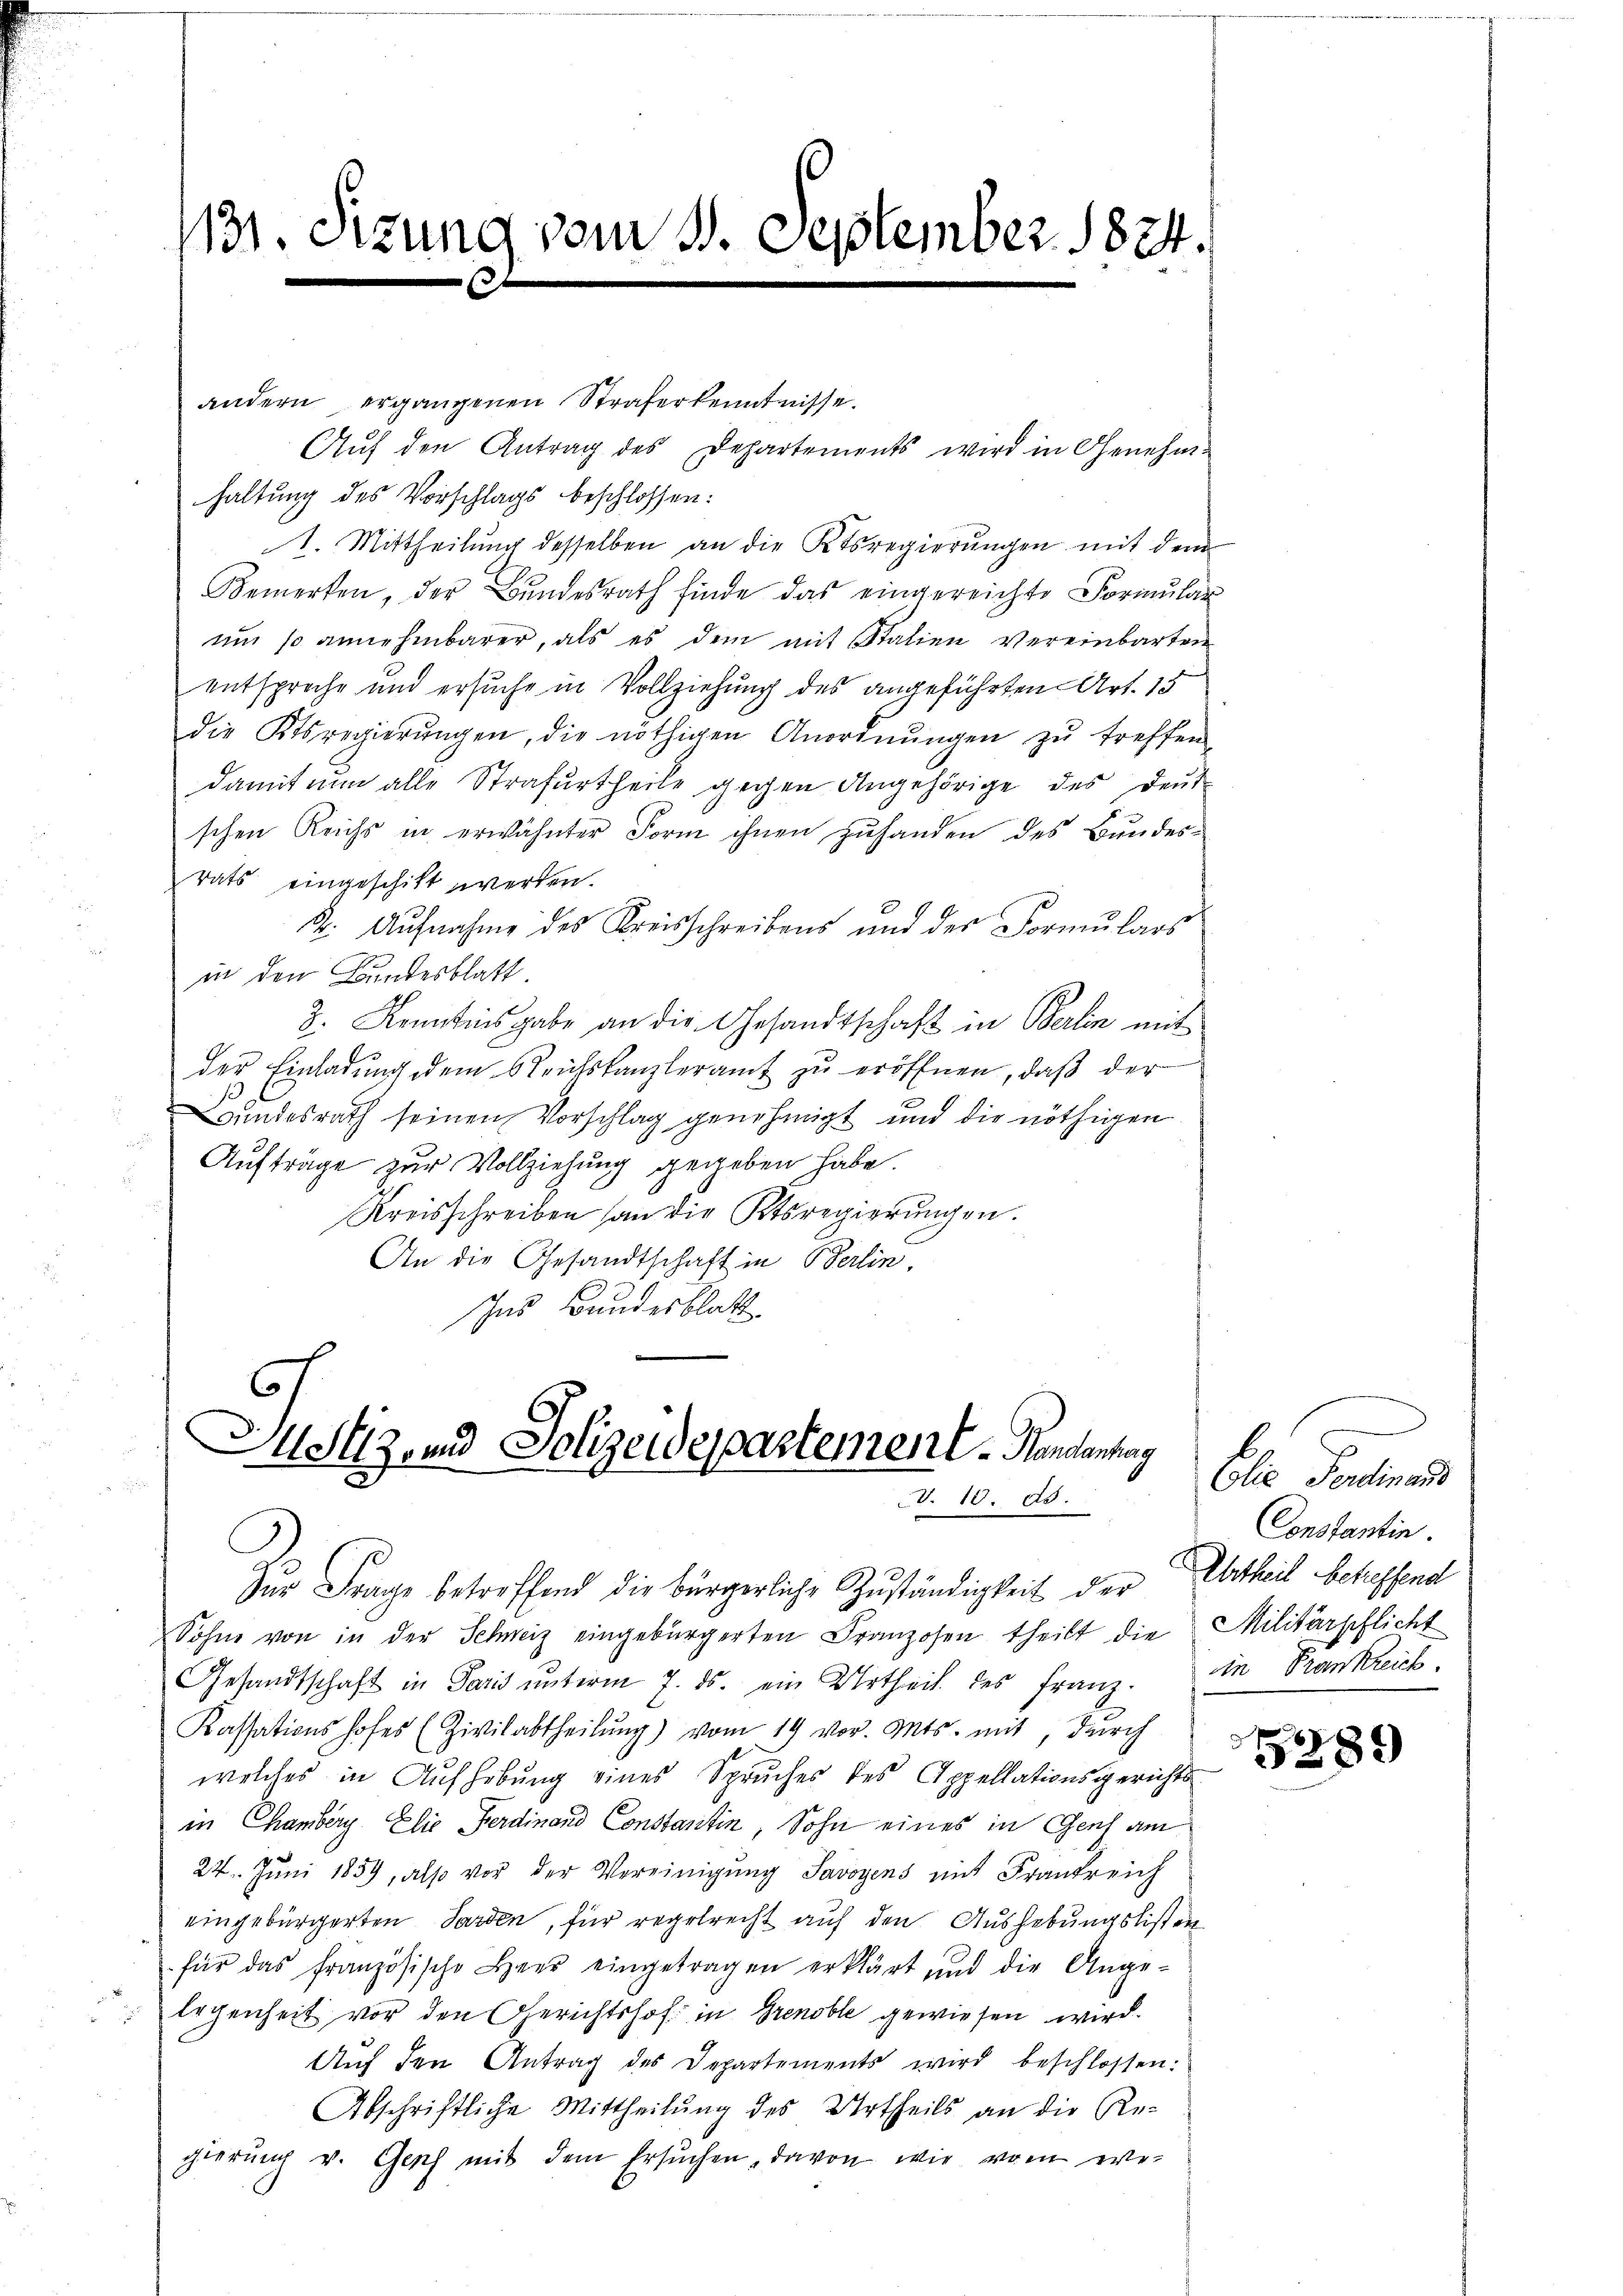
1131. Sizung vom 11. September 1824.
t

andern ergangenen Straferkenntnisse.
Auf den Antrag des Departements wird in Genehm-
haltung des Vorschlags beschlossen:
1. Mittheilung desselben an die Ktsregierungen mit dem
Bemerken, der Bundesrath finde das eingereichte Formular
um so annehmbarer, als es dem mit Stalien vereinbarten
entspreche und ersuche in Vollziehung des angeführten Art. 15
die Ktsregierŭngen, die nöthigen Anordnŭngen zŭ treffen
damit nun alle Strafurtheile gegen Angehörige des Deut
schen Reichs in erwähnter Form ihnen zuhanden des Bundesrats eingeschikt werden.
k. Aufnahme des Kreisschreibens und der Formulars
in den Bundesblatt
Z. Kenntnisgabe an die Gesandtschaft in Berlin mit
der Einladung dem Reichskanzleramt zu eröffnen, daß der
Bundesrath seinen Vorschlag genehmigt und die nöthigen
Aufträge zur Vollziehung gegeben habe.
Kreisschreiben an die Ktsregierungen.
An die Gesandtschaft in Berlin,
Ins Bundesblatt

Mehtizend Polizeidepartement Kanalantag
V. 13. 85.

Zur Frage betreffend die bürgerliche Zuständigkeit der Urtheil betreffend
Sohne von in der Schweiz eingebürgerten Franzosen theilt die Militärpflicht
Gesandtschaft in Paris unterm 7. ds. ein Urtheil des Franz. In Trankreich
Kassationshofes (Zivilabtheilŭng) vom 19 vor. Mts. mit, durch
welches in Aufhebung eines Spruches des Appellationsgerichts
in Chamberg Elie Ferdinand Constantin, Sohn eines in Genf am
24. Juni 1859, also vor der Vereinigung Savoyens mit Frankreich
eingebürgerten Sarden, für regelrecht auf den Aushebungslisten
für das französische Heer eingetragen erklärt und die Ange-
legenheit vor den Gerichtshof in Grenoble gewiesen wird.
Auf den Antrag des Departements wird beschlossen:
Abschriftliche Mittheilung des Urtheils an die Re-
gierung v. Genf mit dem Ersuchen, davon wie vom ere-

Elie Ferdinand
Constantin.

d
5289